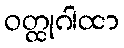
ဝတ္ထုဂါထာ